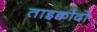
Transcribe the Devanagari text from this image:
ताइक्वोंदो